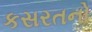
કસરતનો